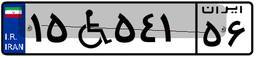
۱۵W۵۴۱۵۶